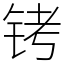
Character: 铐